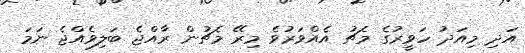
އަދި މިއަދު ހަވީރުގެ މެޗު އެއްވަރުވެ މިރޭ މެޗުން ރާއްޖެ ބަލިވެއްޖެ ނަމަ